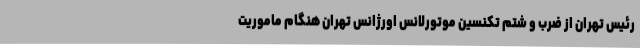
رئیس تهران از ضرب و شتم تکنسین موتورلانس اورژانس تهران هنگام ماموریت